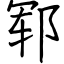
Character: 郓